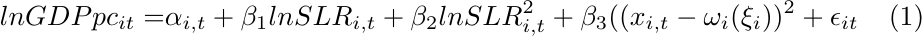
\begin{align} \label{reg_baseX}
    lnGDPpc_{it} = & \alpha_{i,t} + \beta_{1}lnSLR_{i,t}+ \beta_{2}lnSLR_{i,t}^{2}+ \beta_{3}((x_{i,t} - \omega_{i}(\xi_{i}))^{2}  + \epsilon_{it}
\end{align}